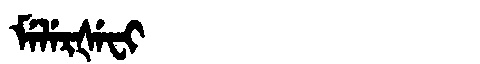
Manchu: ᠮᡝᠯᡝᡵᡧᡝᠸᡳ
Romanization: MELERŠEFI